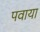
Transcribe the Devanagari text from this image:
पवाया